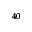
^ { 4 0 }